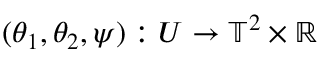
( \theta _ { 1 } , \theta _ { 2 } , \psi ) : U \to \mathbb { T } ^ { 2 } \times \mathbb { R }